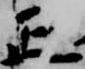
正